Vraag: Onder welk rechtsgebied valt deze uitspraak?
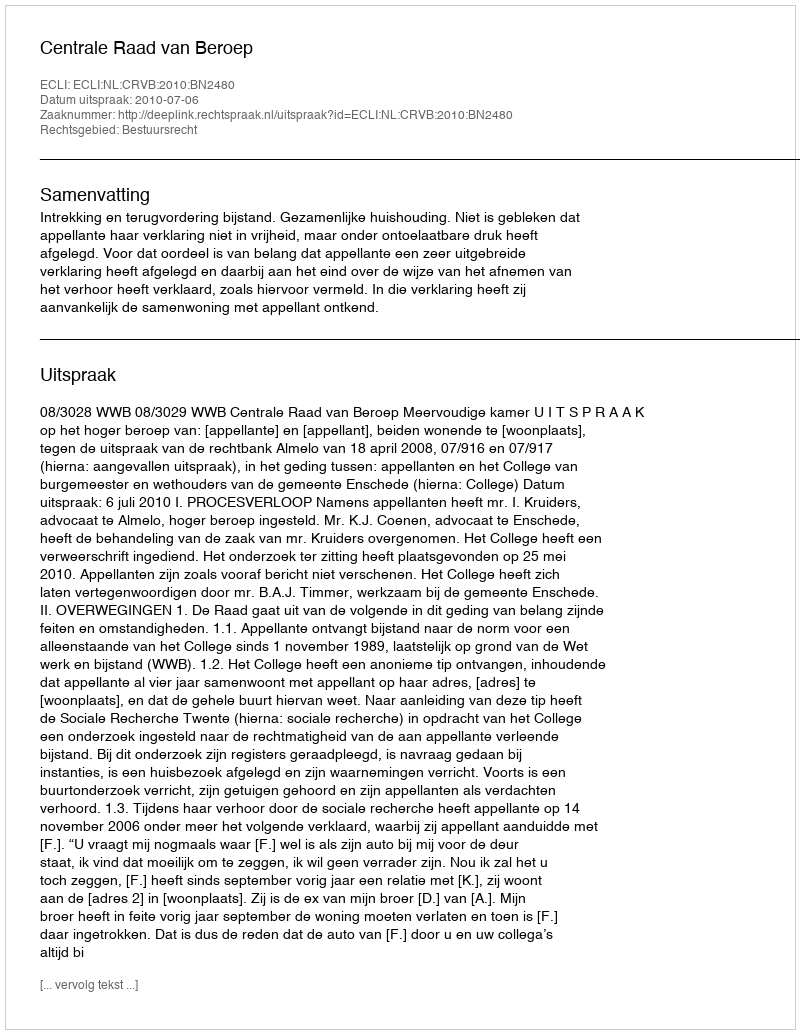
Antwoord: Bestuursrecht